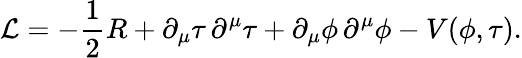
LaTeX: {\cal{L}}=-\frac{1}{2}R+\partial_{\mu}\tau\, \partial^{\mu}\tau+\partial_{\mu}\phi\, \partial^{\mu}\phi-V(\phi,\tau).